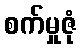
စက်မှုဇုံ